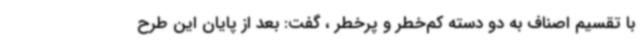
با تقسیم اصناف به دو دسته کم‌خطر و پرخطر ، گفت: بعد از پایان این طرح